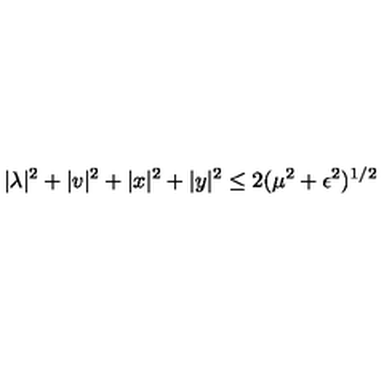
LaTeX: | \lambda | ^ { 2 } + | v | ^ { 2 } + | x | ^ { 2 } + | y | ^ { 2 } \leq 2 ( \mu ^ { 2 } + \epsilon ^ { 2 } ) ^ { 1 / 2 }